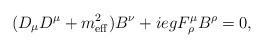
LaTeX: \begin{align*}(D_{\mu}D^{\mu}+m_{\rm eff}^{2}) B^{\nu}+iegF_{ \rho}^{\mu}B^{\rho} = 0,\end{align*}